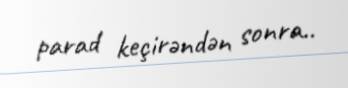
parad keçirəndən sonra..